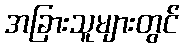
အခြားသူများတွင်